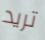
تريد